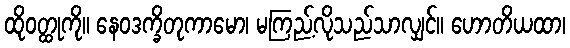
ထိုဝတ္ထုကို။ နေဝဒက္ခိတုကာမော၊ မကြည့်လိုသည်သာလျှင်။ ဟောတိယထာ၊